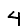
Digit: 4